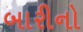
બારીનો